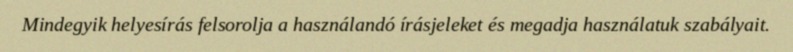
Mindegyik helyesírás felsorolja a használandó írásjeleket és megadja használatuk szabályait.